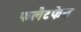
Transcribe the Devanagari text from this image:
फलैटफेन